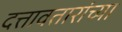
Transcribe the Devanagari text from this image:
दत्तावतारांच्या